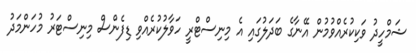
ޝަމްހީދު ވަކިކުރެއްވުމުން އޭނާގެ ބަދަލުގައި އެ މިނިސްޓްރީ ހަވާލުކުރެއްވި ޑިފެންސް މިނިސްޓަރު މުހަންމަދު